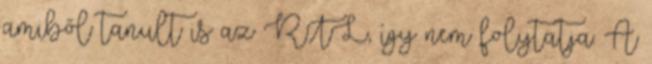
amiből tanult is az RTL, így nem folytatja. A